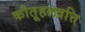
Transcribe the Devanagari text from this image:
कौतूहलव्रत्ति